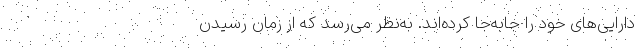
دارایی‌های خود را جابه‌جا کرده‌اند. به‌نظر می‌رسد که از زمان رسیدن